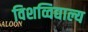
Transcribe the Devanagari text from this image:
विशव्विद्याल्य